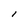
Character: I